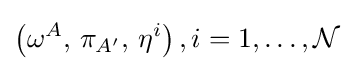
\left(\omega ^{A},\,\pi _{A'},\,\eta ^{i}\right),i=1,\ldots ,{\mathcal {N}}